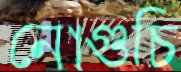
নোগুচি